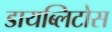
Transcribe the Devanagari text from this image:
डायब्लिटोस